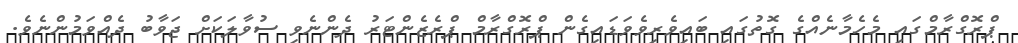
ޕްރޮގްރާމްގައި މެހެމާނެއްގެ ގޮތުގައި ބައިވެރިވެވަޑައިގެން ޕްރޮގްރާމް ޕްރެޒެންޓަރު ދެންނެވި ސުވާލަކަށް ޖަވާބު ދެއްވަމުންނެވެ.